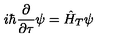
i \hbar \frac { \partial } { \partial \tau } \psi = \hat { H } _ { T } \psi